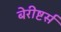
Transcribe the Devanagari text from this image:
बेरीष्टर्स